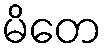
မိတေ